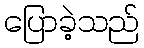
ပြောခဲ့သည်